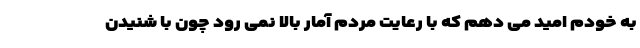
به خودم امید می دهم که با رعایت مردم آمار بالا نمی رود چون با شنیدن